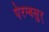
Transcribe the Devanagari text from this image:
पेरम्बलुर्